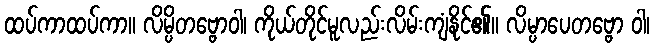
ထပ်ကာထပ်ကာ။ လိမ္ပိတဗ္ဗောဝါ၊ ကိုယ်တိုင်မူလည်းလိမ်းကျံနိုင်၏။ လိမ္ပာပေတဗ္ဗော ဝါ၊